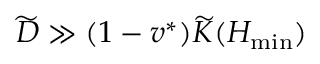
\widetilde D \gg ( 1 - v ^ { * } ) \widetilde K ( H _ { \operatorname* { m i n } } )